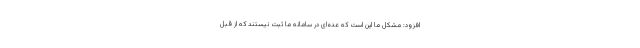
افزود: مشکل ما این است که عده‌ای در سامانه ما ثبت نیستند که از قبل